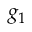
g _ { 1 }